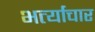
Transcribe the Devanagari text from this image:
भर्त्याचार